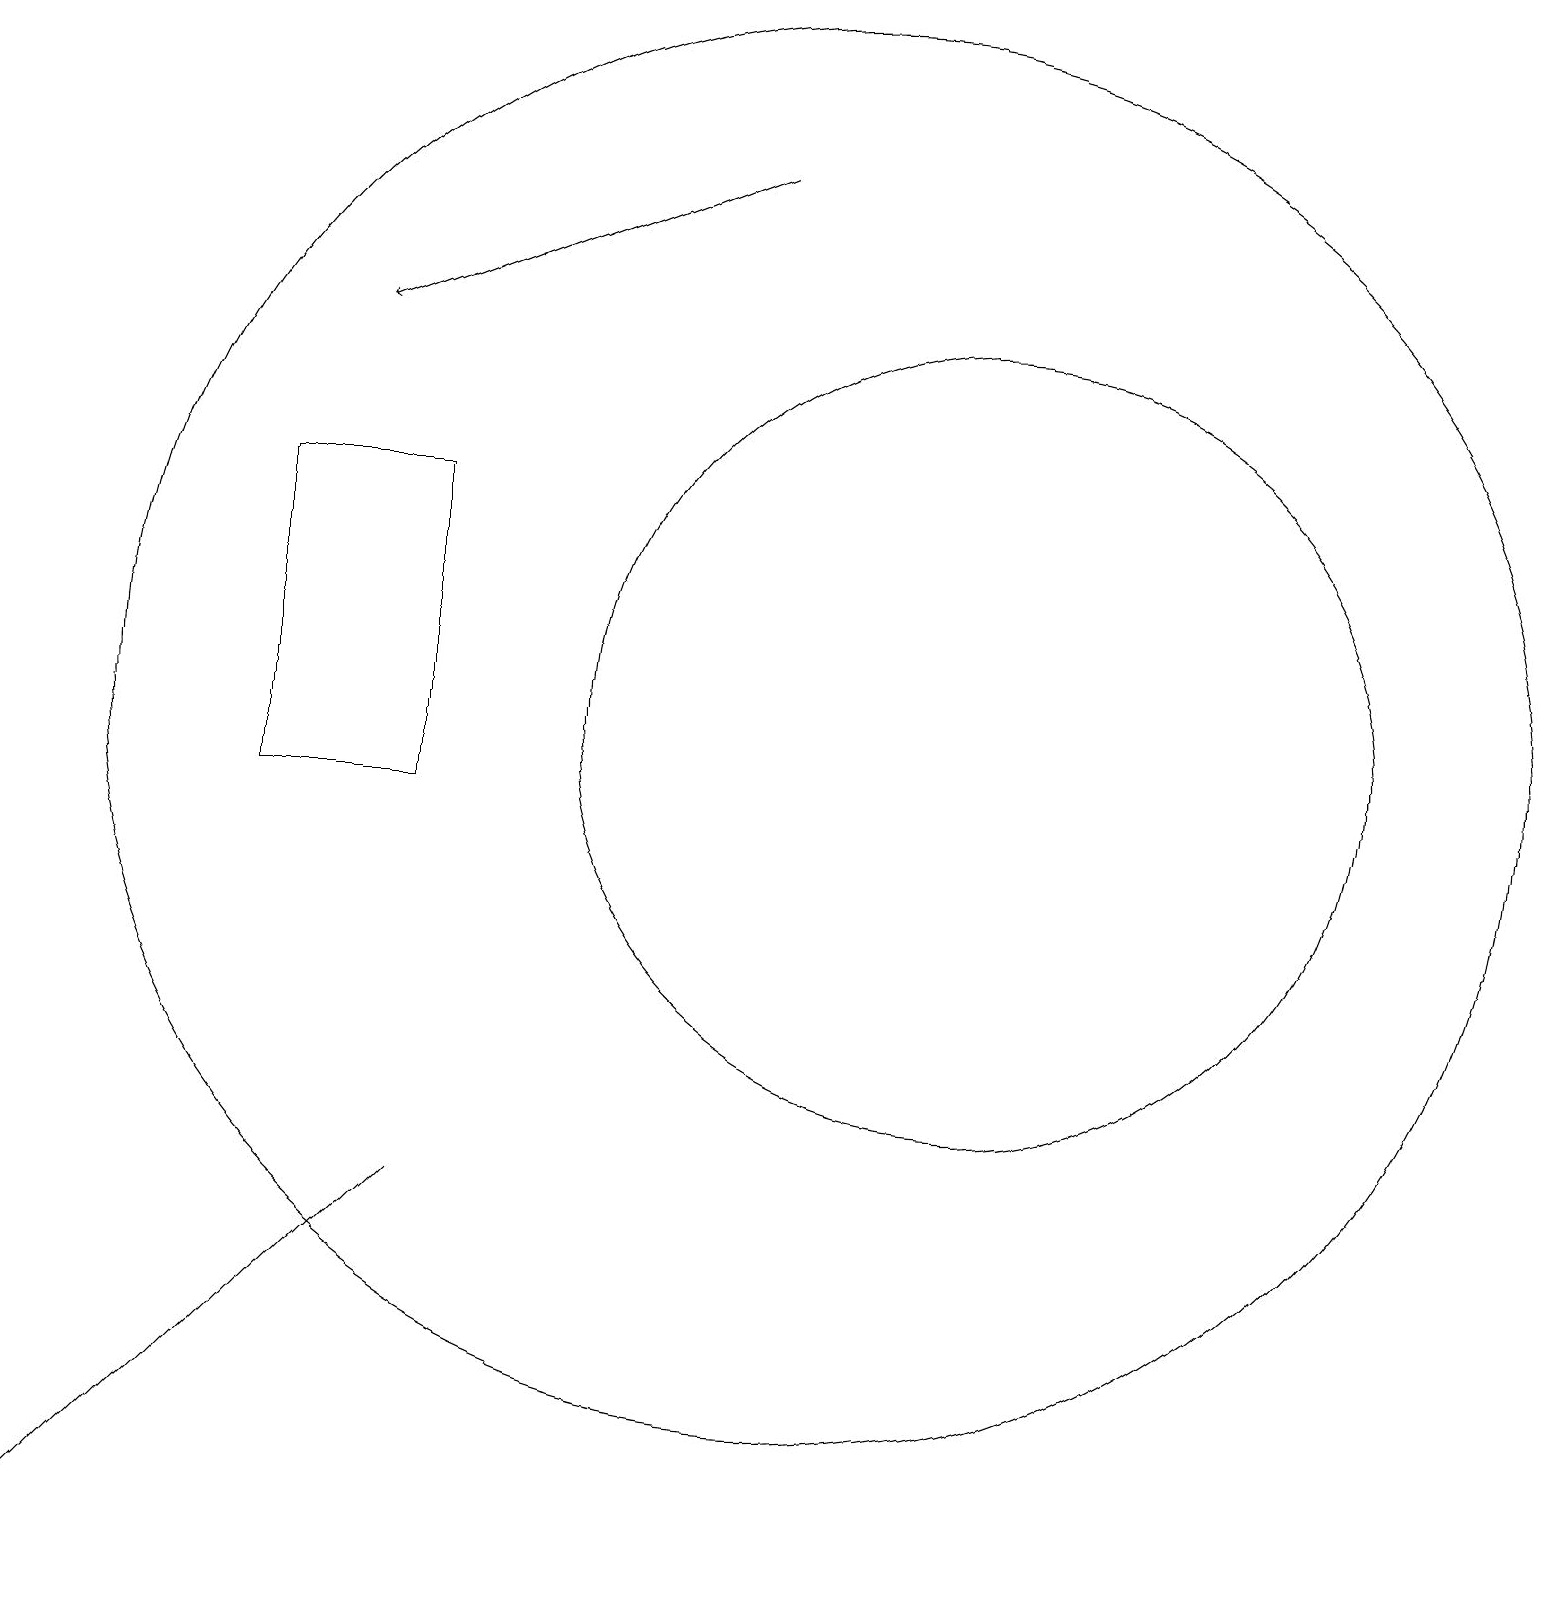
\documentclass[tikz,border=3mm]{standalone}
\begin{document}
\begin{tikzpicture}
\draw[->] (9,18) -- (4,16);
\draw (0,0) -- (0,0) -- (5,5) -- cycle;
\draw (10,11) circle (9);
\draw (12,11) circle (5);
\draw (3,14) rectangle (5,10);
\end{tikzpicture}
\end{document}